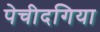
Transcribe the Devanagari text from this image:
पेचीदगिया